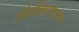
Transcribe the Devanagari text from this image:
ऑर्थोकायरस